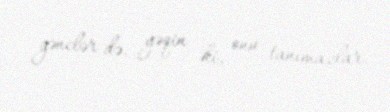
gənclər də, yəqin ki, onu tanımazlar.